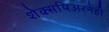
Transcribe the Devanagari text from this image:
शेक्सपिअरनेही